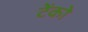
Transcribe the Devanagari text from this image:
टेंको